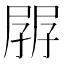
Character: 𡥷